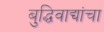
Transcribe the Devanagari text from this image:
बुद्धिवाद्यांचा